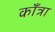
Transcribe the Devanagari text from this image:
काँत्रा